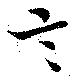
言